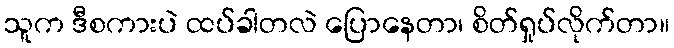
သူက ဒီစကားပဲ ထပ်ခါတလဲ ပြောနေတာ၊ စိတ်ရှုပ်လိုက်တာ။